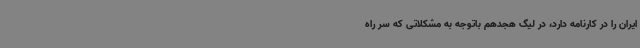
ایران را در کارنامه دارد، در لیگ هجدهم باتوجه به مشکلاتی که سر راه